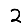
Digit: 2